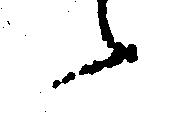
候